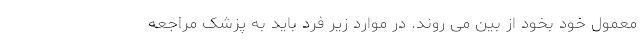
معمول خود بخود از بین می روند. در موارد زیر فرد باید به پزشک مراجعه